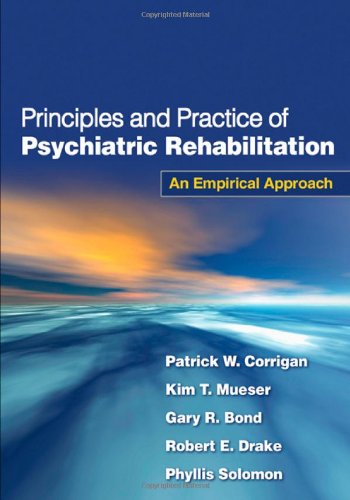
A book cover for Principles and Practice of Psychiatric Rehabilitation: An Empirical Approach; Patrick W. Corrigan PsyD; Medical Books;